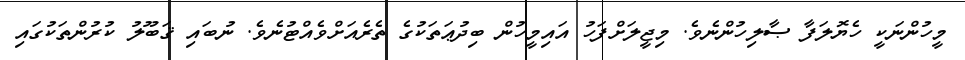
މީހުންނަކީ ހެޔޮލަފާ ޞާލިހުންނެވެ. މިޖީލަށްފަހު އައިމީހުން ބިދުޢަތަކުގެ ތެރެއަށްވެއްޓުނެވެ. ނުބައި ޤަބޫލު ކުރުންތަކުގައި